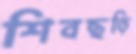
শিবছড়ি